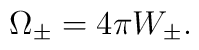
\Omega _{\pm }=4\pi W_{\pm }.